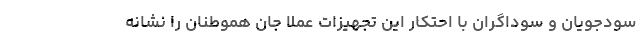
سودجویان و سوداگران با احتکار این تجهیزات عملاً جان هموطنان را نشانه